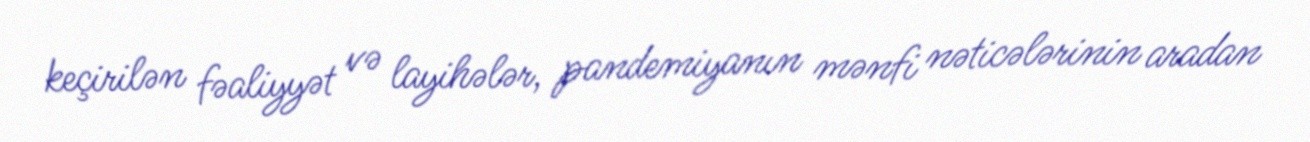
keçirilən fəaliyyət və layihələr, pandemiyanın mənfi nəticələrinin aradan